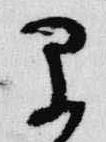
早